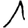
Digit: 1